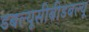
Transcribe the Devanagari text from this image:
डबल्यूसीबीडबल्यू